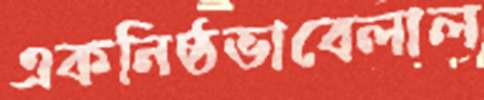
একনিষ্ঠভাবেলাল